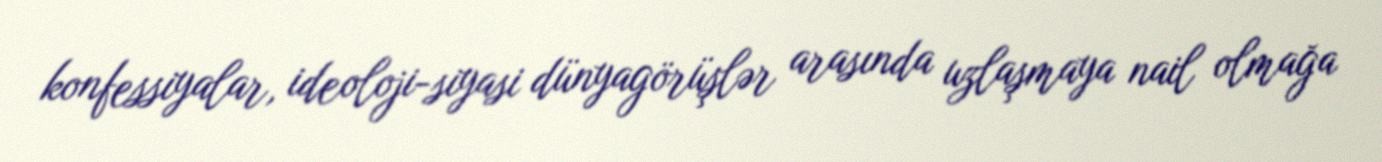
konfessiyalar, ideoloji-siyasi dünyagörüşlər arasında uzlaşmaya nail olmağa